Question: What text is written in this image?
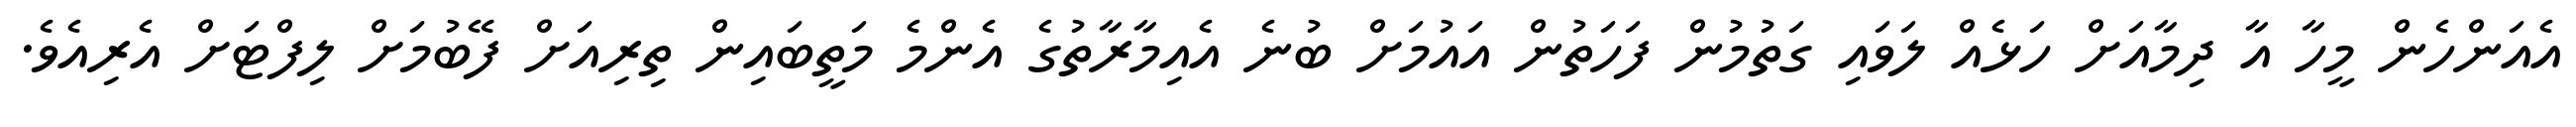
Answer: އެއަންހެން މީހާ އާ ދިމާއަށް ހަޅެއް ލަވައި ގަތުމުން ފަހަތުން އައުމަށް ބުނެ އެއިމާރާތުގެ އެންމެ މަތީބައިން ތިރިއަށް ފޭބުމަށް ލިފްޓަށް އެރިއެވެ.